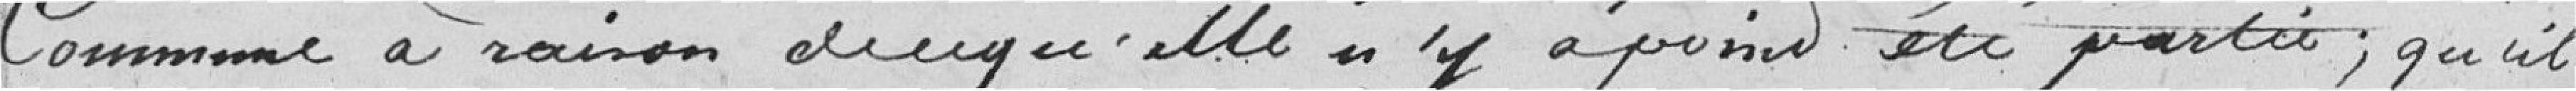
Commune à raison de ce qu'elle n'y a point été partie ; qu'il